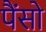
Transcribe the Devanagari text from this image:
पैंसो